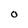
Character: O